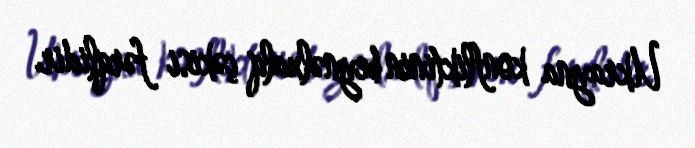
Ukrayna konfliktinin beynəlxalq çəkisi fərqlidir.